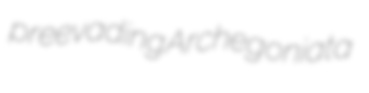
preevading Archegoniata